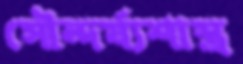
সৌন্দর্য্যশাস্ত্র